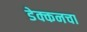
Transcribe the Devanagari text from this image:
डेक्कनचा